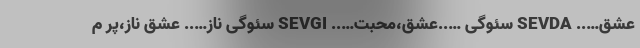
عشق….. SEVDA سئوگی …..عشق،محبت….. SEVGI سئوگی ناز….. عشق ناز،پر م